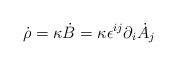
\begin{align*}\dot{\rho}=\kappa \dot{B}=\kappa\epsilon^{ij}\partial_i \dot{A}_j\end{align*}